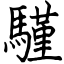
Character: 騹